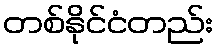
တစ်နိုင်ငံတည်း